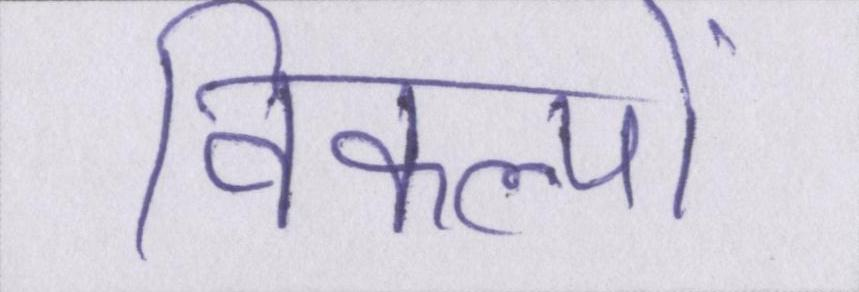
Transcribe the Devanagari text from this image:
विकल्पों